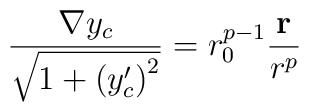
\frac {{\bf \nabla}y_c}{\sqrt{1+ \left(y^{\prime}_c\right)^2}} = r_0^{p-1}\frac{{\bf r}}{r^p}